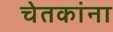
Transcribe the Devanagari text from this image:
चेतकांना